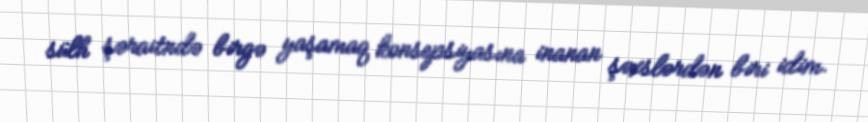
sülh şəraitndə birgə yaşamaq konsepsiyasına inanan şəxslərdən biri idim.